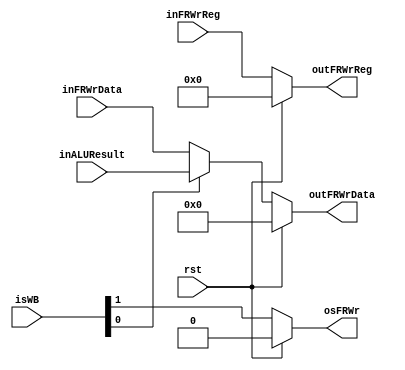
`timescale 1ns / 1ps
module WriteBack(input rst,
                 input [1:0] isWB,           // Flags de Control para WB
                 input [4:0] inFRWrReg,      // FR - Registro a escribir en ID
                 input [31:0] inFRWrData,    // Salida de la memoria
                 input [31:0] inALUResult,   // Salida de la ALU
                 output osFRWr,              // Flag de escritura en banco de registros
                 output [4:0] outFRWrReg,    // FR - Registro a escribir en ID
                 output [31:0] outFRWrData); // FR - Valor a escribir en ID
    
    // Registros
    reg FRWr;
    reg [4:0] FRWrReg;
    reg [31:0] FRWrData;
    
    always @ (*)
    begin
        if (rst)
        begin
            FRWr     <= 1'b0;
            FRWrReg  <= 5'b0;
            FRWrData <= 32'b0;
        end
        else
        begin
            FRWr    <= isWB[1];
            FRWrReg <= inFRWrReg;
            if (isWB[0])
                FRWrData <= inALUResult;
            else
                FRWrData <= inFRWrData;
        end
    end
    
    // Asignaciones de salida
    assign outFRWrData = FRWrData;
    assign outFRWrReg  = FRWrReg;
    assign osFRWr      = FRWr;
    
endmodule